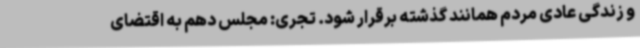
و زندگی عادی مردم همانند گذشته برقرار شود. تجری: مجلس دهم به اقتضای